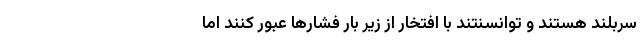
سربلند هستند و توانسنتند با افتخار از زیر بار فشارها عبور کنند اما